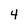
Character: 4